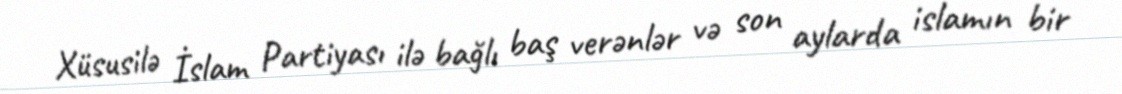
Xüsusilə İslam Partiyası ilə bağlı baş verənlər və son aylarda islamın bir